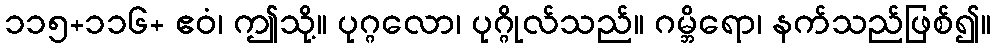
၁၁၅+၁၁၆+ ဧဝံ၊ ဤသို့။ ပုဂ္ဂလော၊ ပုဂ္ဂိုလ်သည်။ ဂမ္ဘိရော၊ နက်သည်ဖြစ်၍။